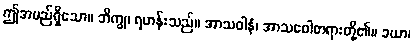
ဤအမည်ရှိသော။ ဘိက္ခု၊ ရဟန်းသည်။ အာသဝါနံ၊ အာသဝေါတရားတို့၏။ ခယာ၊